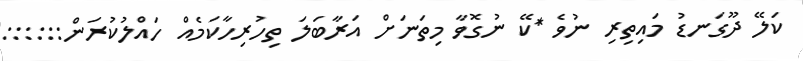
ކަލޭ ދޫގަނޑު މައިތިރި ނުވެ *ކޭ ނުގޮވާ މިތަނަށް އަރާބަލަ ތިހުރިހާކަމެއް ހައްލުކުރަން::::::